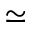
\simeq